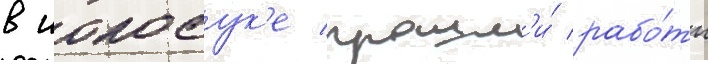
в иокосук'е прошл'и́ рабо́ты